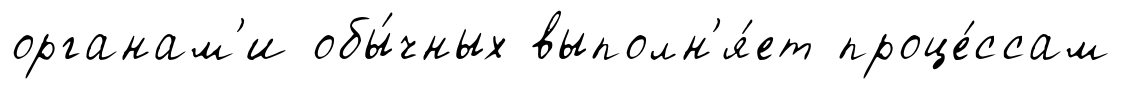
органам'и обы́чных выполн'я́ет проце́ссам